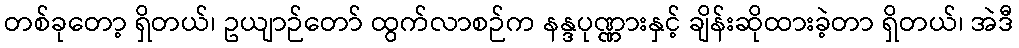
တစ်ခုတော့ ရှိတယ်၊ ဥယျာဉ်တော် ထွက်လာစဉ်က နန္ဒပုဏ္ဏားနှင့် ချိန်းဆိုထားခဲ့တာ ရှိတယ်၊ အဲဒီ